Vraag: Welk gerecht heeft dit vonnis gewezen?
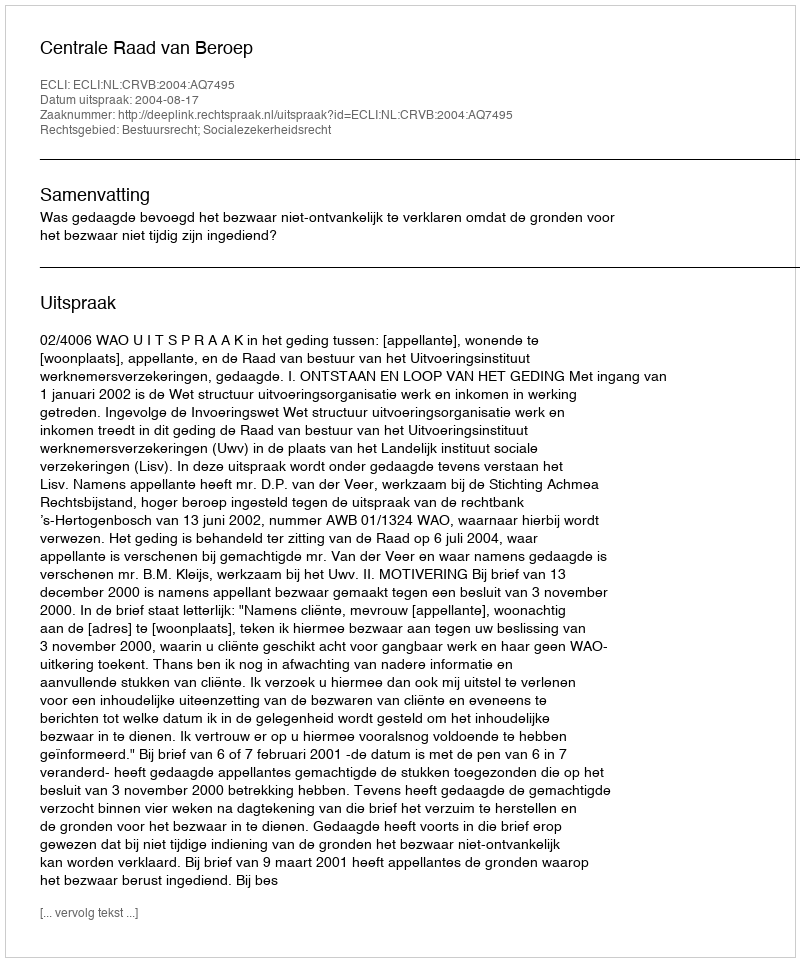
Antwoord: Centrale Raad van Beroep